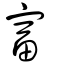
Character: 富